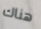
هناك